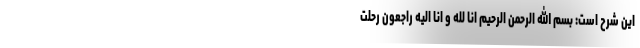
این شرح است: بسم الله الرحمن الرحیم انا لله و انا الیه راجعون رحلت